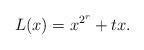
LaTeX: \begin{align*}L(x)=x^{2^r}+tx.\end{align*}